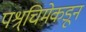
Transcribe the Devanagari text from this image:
पश्र्चिमेकडून